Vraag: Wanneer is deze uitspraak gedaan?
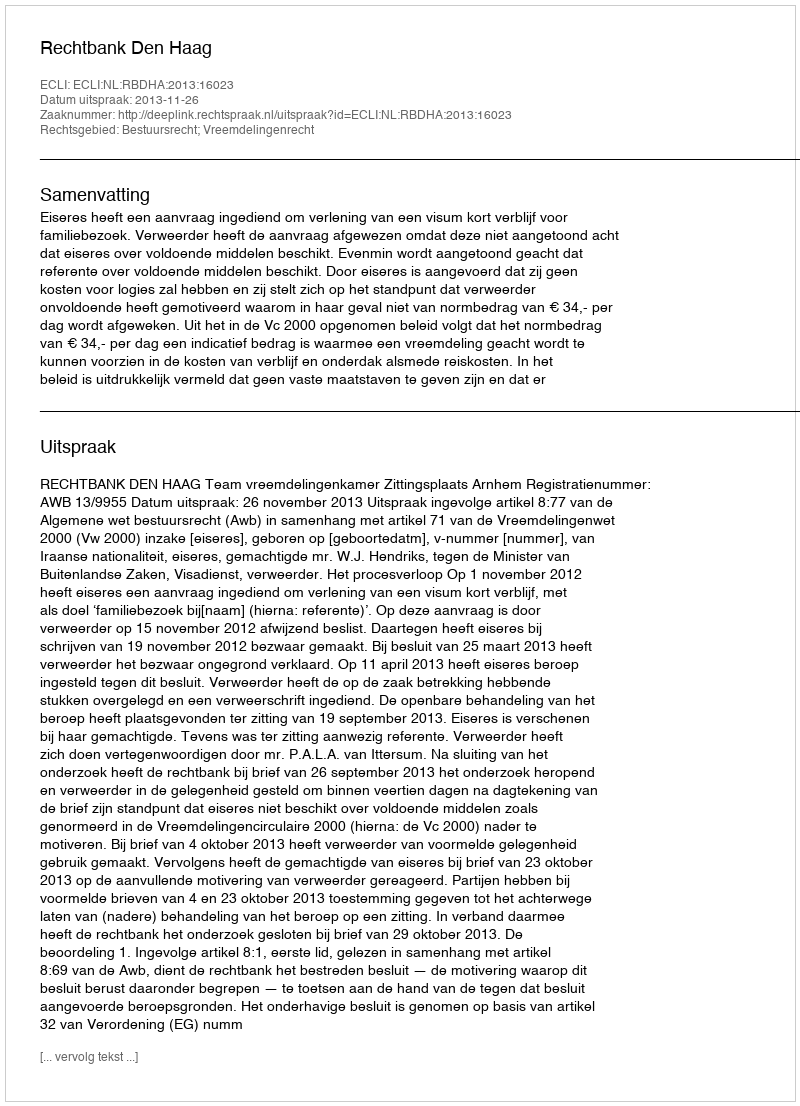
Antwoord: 2013-11-26